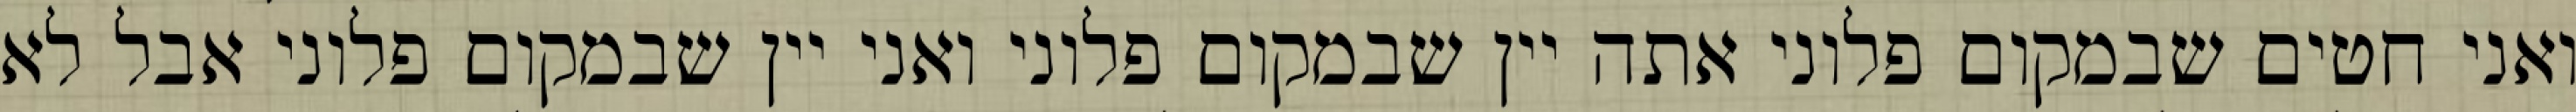
ואני חטים שבמקום פלוני אתה יין שבמקום פלוני ואני יין שבמקום פלוני אבל לא